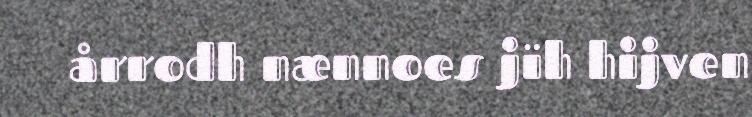
årrodh nænnoes jïh hijven